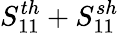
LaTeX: S_{11}^{th}+S_{11}^{sh}